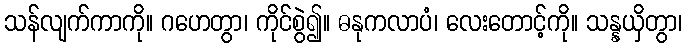
သန်လျက်ကာကို။ ဂဟေတွာ၊ ကိုင်စွဲ၍။ ဓနုကလာပံ၊ လေးတောင့်ကို။ သန္နယှိတွာ၊